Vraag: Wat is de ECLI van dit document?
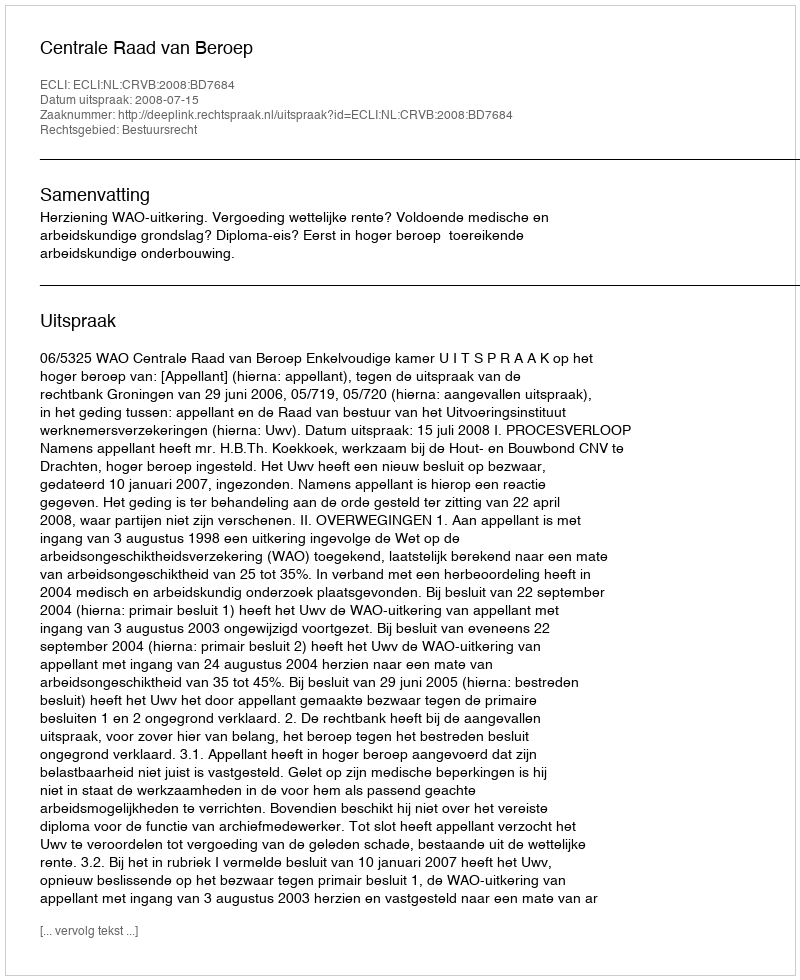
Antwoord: ECLI:NL:CRVB:2008:BD7684